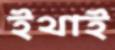
ইথাই